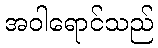
အဝါရောင်သည်